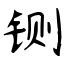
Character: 铡